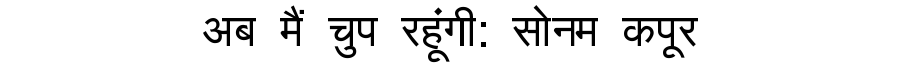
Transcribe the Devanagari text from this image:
अब मैं चुप रहूंगी: सोनम कपूर